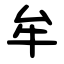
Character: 牟